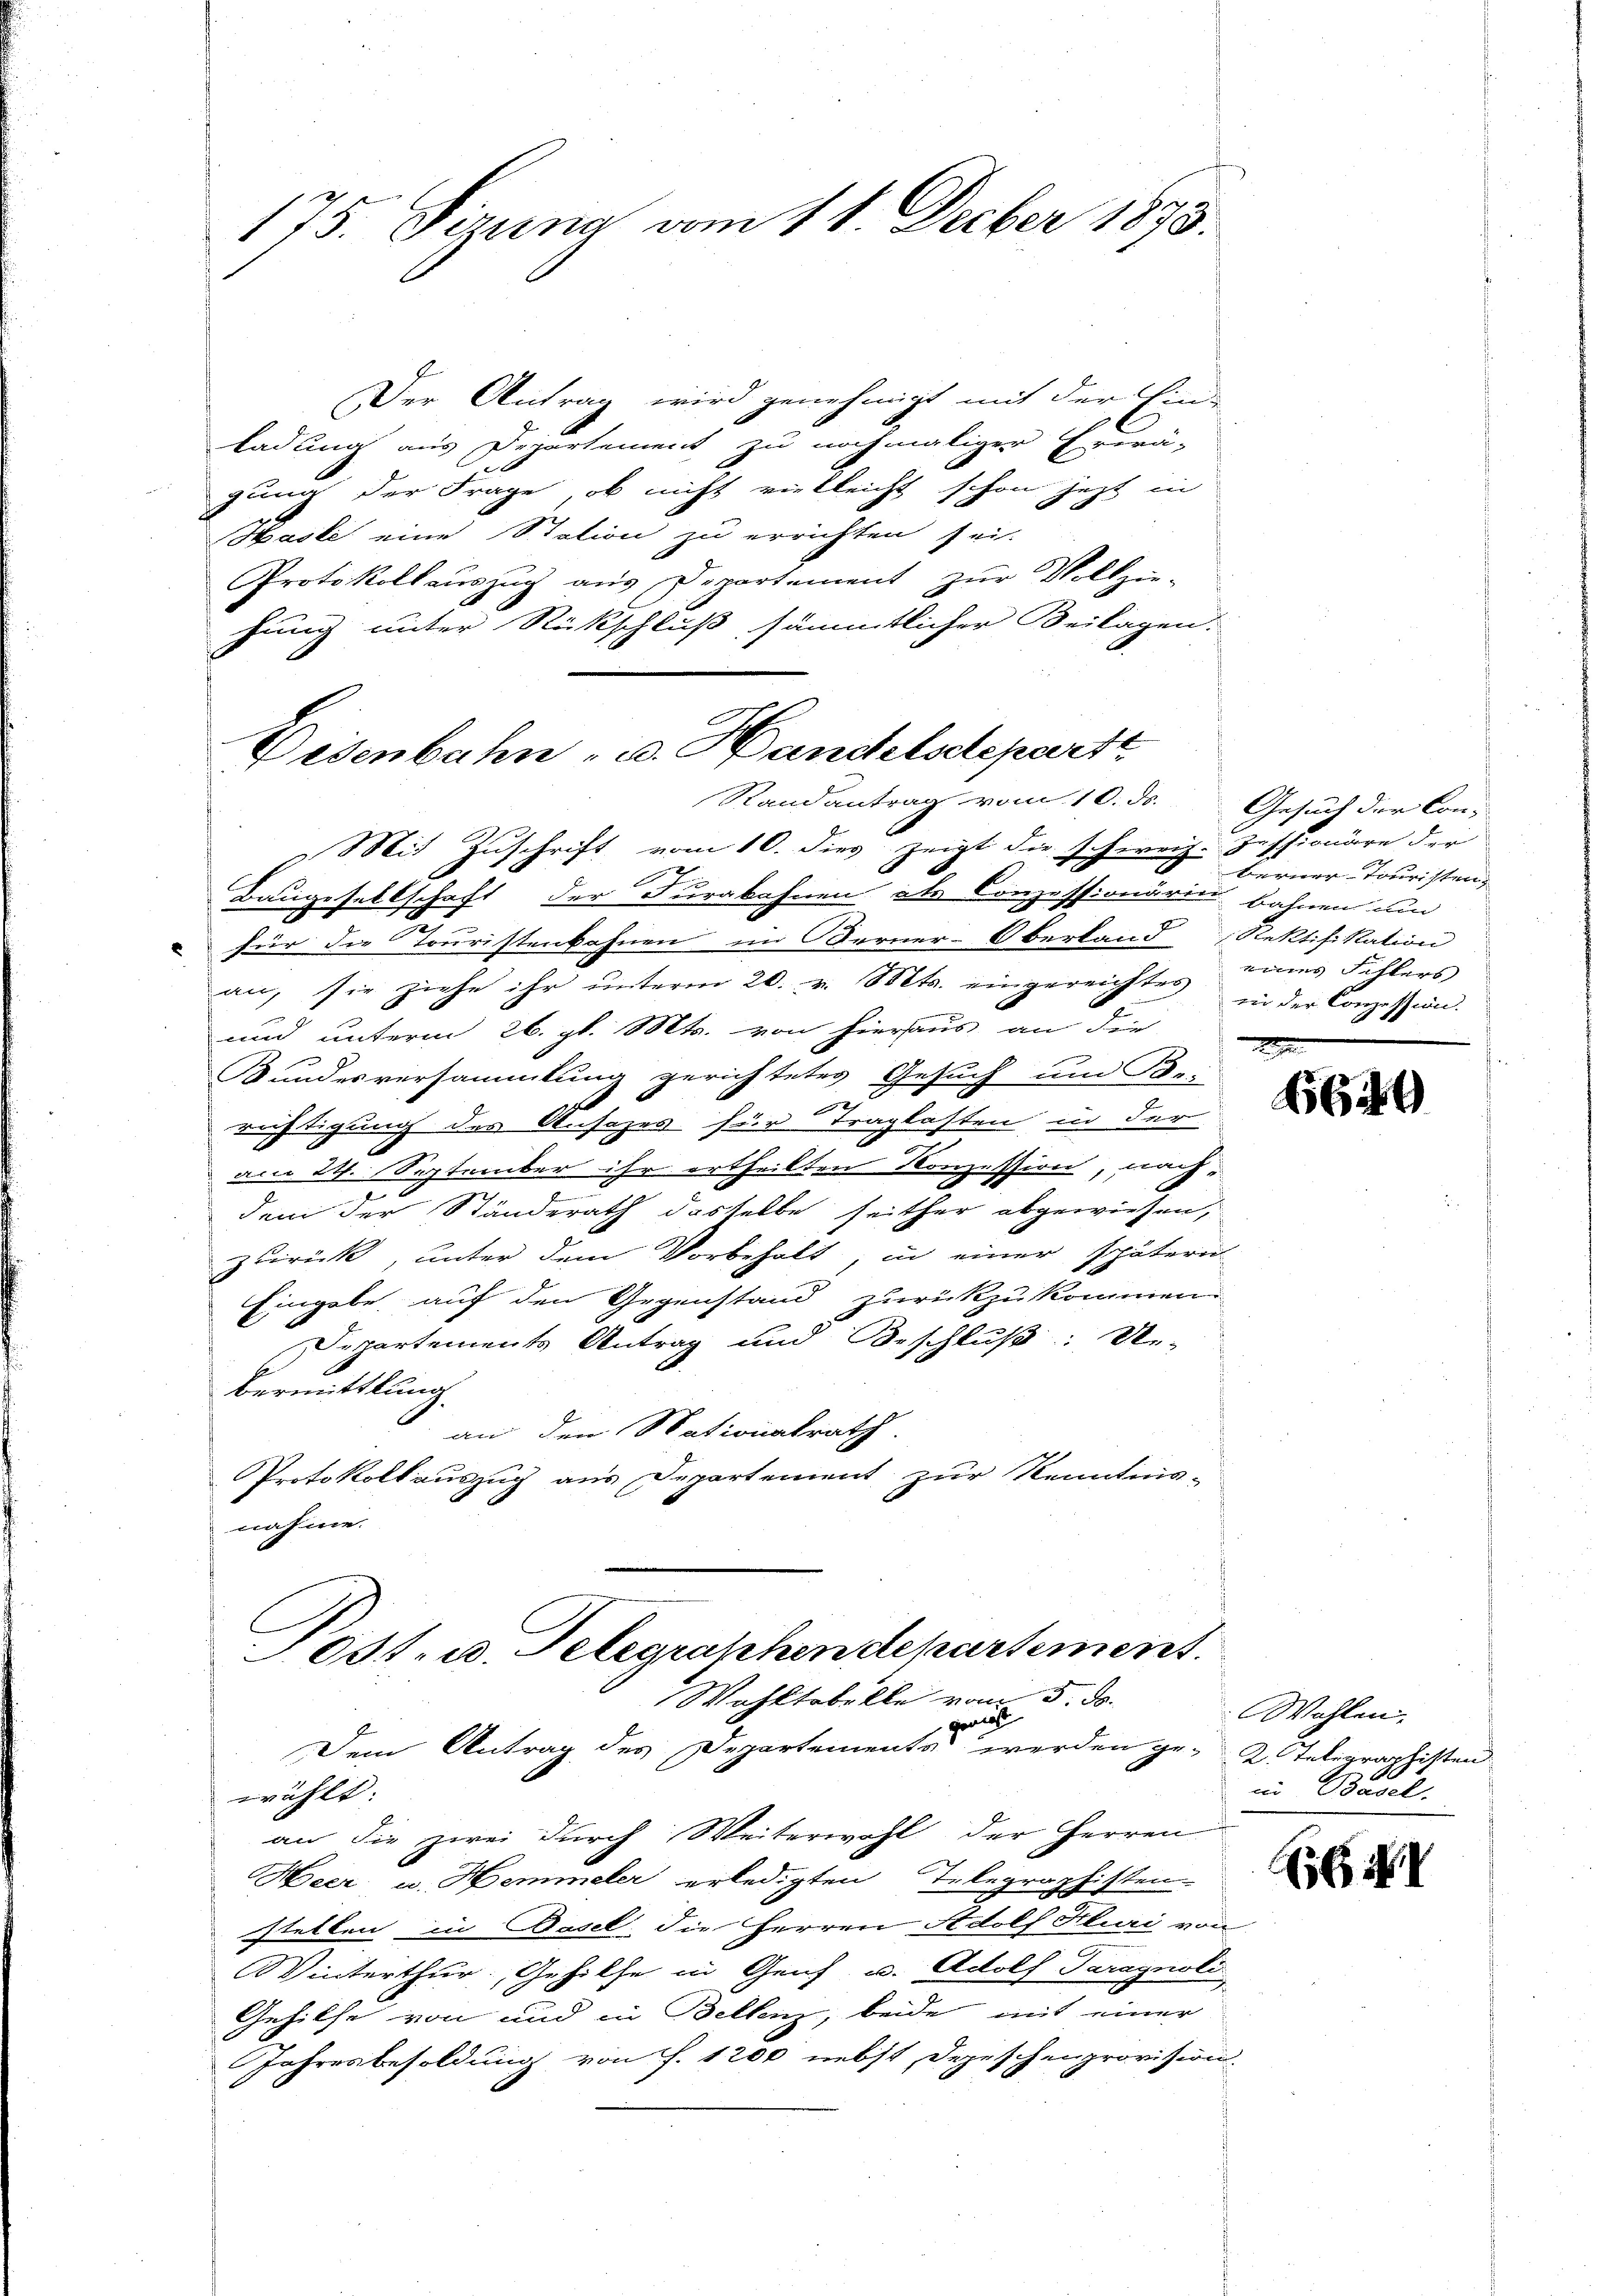
175. Sizung vom 11. Decber 1873.

Der Antrag wird genehmigt mit der Ein-
ladung aus Departement zu nochmaliger Erdrä-
gung der Frage, ob nicht vielleicht schon jetzt in
Hasle eine Station zu errichten sei.
Protokollauszug aus Departement zur Vollzie-
hung unter Rückschluß, sämmtlicher Beilagen.

Disenbahn - u. Handelscheparte
Randantrag vom 10. ds.
Mit Zuschrift vom 10. dies zeigt die schweiz. Jessionäre der

17
Baugesellschaft der Furakahnen als Conzessionärin bahnen und
für die Touristenbahnen im Berner-Oberland Rektifikation
an, sie ziehe ihr unterm 20. v. Mts. eingereichter
und unterm 26. gl. Mts. von hieraus an die
Bundesversammlung gerichtetes Gesuch um Bei
richtigung des Ansezes für Traglasten in der
am 24. September ihr ertheilten Konzession, nach-
5
dem der Ständerath dasselbe seither abgewiesen,
zurück, unter dem Vorbehalt, in einer spätern
Eingabe auf den Gegenstand zurückzukommen.
Departements Antrag und Beschluß: Ue-
bermittlung.
an den Nationalrath.
Protokollauszug aus Departement zur Kenntnis-
nahme.
est. u. Telegraphendepartement.
Wohltobelle vom 5. ds.
gewies
Dem Antrag des Departements werden ge- 2. Telegraphisten
wählt:
an die zwei durch Weiterwohl der Herren
Heer u. Hemmeler erledigten Telegraphisten.
stellen in Basel, die Herren Adolf Kluri von
Winterthur, Gehilfe in Genf u. Adolf Taragnoli
Gehilfe von und in Bellenz, beide mit einer
Jahresbesoldung von f. 1200 nebst Depeschenprovision.

Gesuch der Con-
Berner Touristen,
eines Schlers
in der Conzession.
.

6649

Wahlen.
in Basel.

Ess I